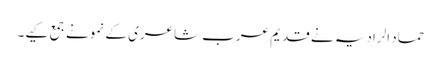
حماد الرادیہ نے قدیم عرب شاعری کے نمونے جمع کیے۔